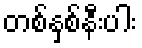
တစ်နှစ်နီးပါး